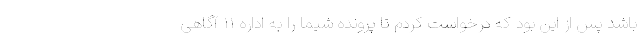
باشد پس از این بود که درخواست کردم تا پرونده شیما را به اداره ۱۱ آگاهی